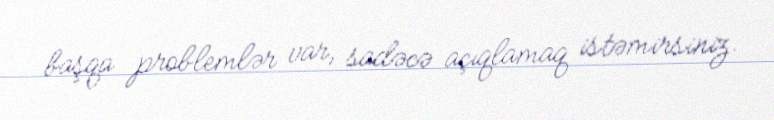
başqa problemlər var, sadəcə açıqlamaq istəmirsiniz.